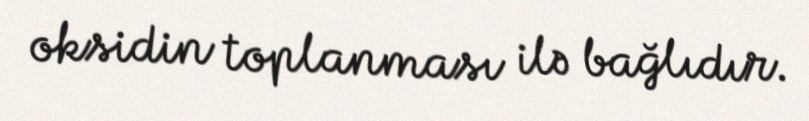
oksidin toplanması ilə bağlıdır.